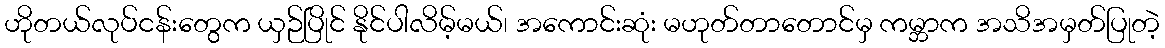
ဟိုတယ်လုပ်ငန်းတွေက ယှဉ်ပြိုင် နိုင်ပါလိမ့်မယ်၊ အကောင်းဆုံး မဟုတ်တာတောင်မှ ကမ္ဘာက အသိအမှတ်ပြုတဲ့